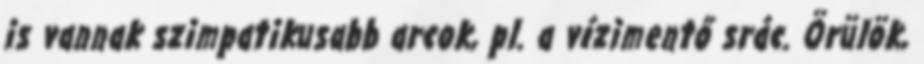
is vannak szimpatikusabb arcok, pl. a vízimentő srác. Örülök,